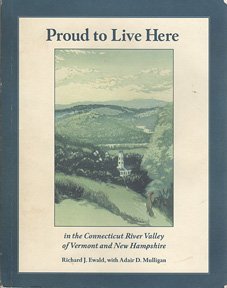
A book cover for Proud to live here in the Connecticut River Valley of Vermont and New Hampshire; Richard J Ewald; Travel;